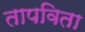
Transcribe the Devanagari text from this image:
तापविता